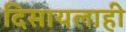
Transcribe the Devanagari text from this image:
दिसायलाही